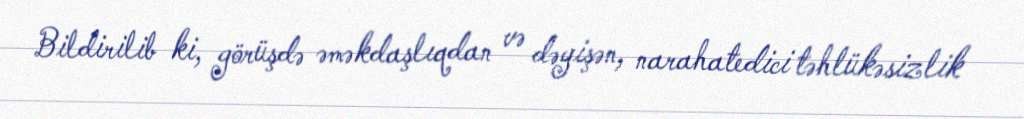
Bildirilib ki, görüşdə əməkdaşlıqdan və dəyişən, narahatedici təhlükəsizlik